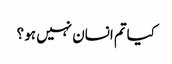
کیاتم انسان نہیں ہو ؟